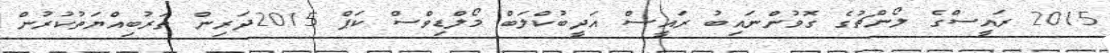
2015 ރައީސްގެ ލޯންޗުގެ ގޮވުންނައިބު ރައީސް އަދީބުކްލަބް މޯލްޑިވްސް ކަޕް 2015ދަރިން ތަރުބިއްޔަތުކުރުން